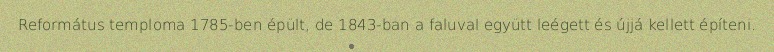
Református temploma 1785-ben épült, de 1843-ban a faluval együtt leégett és újjá kellett építeni.